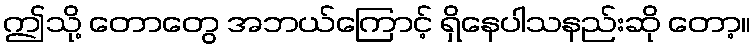
ဤသို့ တောတွေ အဘယ်ကြောင့် ရှိနေပါသနည်းဆို တော့။